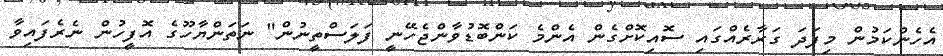
އެހެންކަމުން މިފަދަ ގަރާރެއްގައި ސޮއިކޮށްގެން އެންމެ ކަންބޮޑުވާންޖެހޭނީ ފަލަސްތީނުން" ނަތަންޔާހޫގެ އޮފީހުން ނެރެފައިވާ